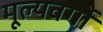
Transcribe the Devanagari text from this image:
मूल्यवर्गो